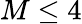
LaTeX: M\le 4